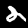
Label: 2